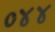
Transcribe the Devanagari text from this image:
०४४